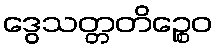
ဒွေသတ္တတိဉ္စေဝ